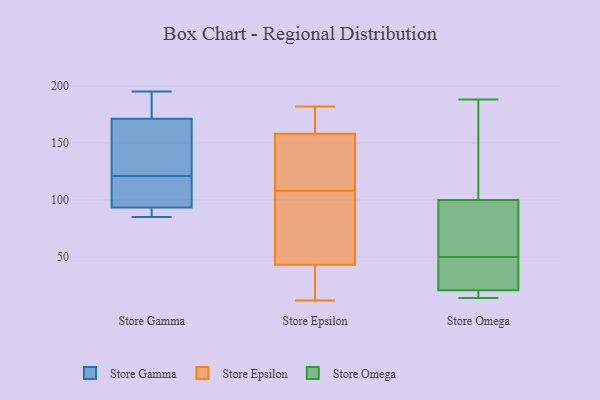
{"axis": {"x": "Website Visitors", "y": "Value"}, "legend": ["Store Epsilon", "Store Gamma", "Store Omega"], "data": [{"x": "", "y": 195, "type": "Store Gamma"}, {"x": "", "y": 108, "type": "Store Gamma"}, {"x": "", "y": 95, "type": "Store Gamma"}, {"x": "", "y": 173, "type": "Store Gamma"}, {"x": "", "y": 85, "type": "Store Gamma"}, {"x": "", "y": 88, "type": "Store Gamma"}, {"x": "", "y": 166, "type": "Store Gamma"}, {"x": "", "y": 174, "type": "Store Gamma"}, {"x": "", "y": 133, "type": "Store Gamma"}, {"x": "", "y": 121, "type": "Store Gamma"}, {"x": "", "y": 93, "type": "Store Gamma"}, {"x": "", "y": 12, "type": "Store Epsilon"}, {"x": "", "y": 33, "type": "Store Epsilon"}, {"x": "", "y": 87, "type": "Store Epsilon"}, {"x": "", "y": 59, "type": "Store Epsilon"}, {"x": "", "y": 167, "type": "Store Epsilon"}, {"x": "", "y": 108, "type": "Store Epsilon"}, {"x": "", "y": 115, "type": "Store Epsilon"}, {"x": "", "y": 134, "type": "Store Epsilon"}, {"x": "", "y": 166, "type": "Store Epsilon"}, {"x": "", "y": 118, "type": "Store Epsilon"}, {"x": "", "y": 170, "type": "Store Epsilon"}, {"x": "", "y": 182, "type": "Store Epsilon"}, {"x": "", "y": 50, "type": "Store Epsilon"}, {"x": "", "y": 28, "type": "Store Epsilon"}, {"x": "", "y": 41, "type": "Store Epsilon"}, {"x": "", "y": 55, "type": "Store Omega"}, {"x": "", "y": 188, "type": "Store Omega"}, {"x": "", "y": 89, "type": "Store Omega"}, {"x": "", "y": 14, "type": "Store Omega"}, {"x": "", "y": 100, "type": "Store Omega"}, {"x": "", "y": 28, "type": "Store Omega"}, {"x": "", "y": 21, "type": "Store Omega"}, {"x": "", "y": 184, "type": "Store Omega"}, {"x": "", "y": 45, "type": "Store Omega"}, {"x": "", "y": 17, "type": "Store Omega"}]}